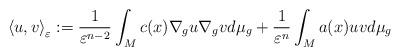
LaTeX: \begin{align*}\left\langle u,v\right\rangle _{\varepsilon}:=\frac{1}{\varepsilon^{n-2}}\int_{M}c(x)\nabla_{g}u\nabla_{g}vd\mu_{g}+\frac{1}{\varepsilon^{n}}\int_{M}a(x)uvd\mu_{g}\end{align*}